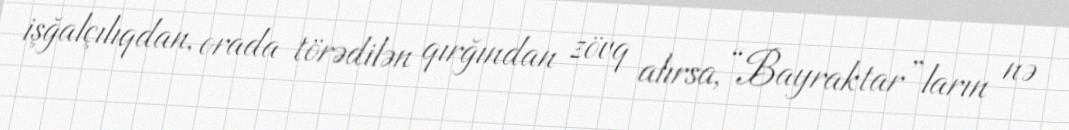
işğalçılıqdan, orada törədilən qırğından zövq alırsa, “Bayraktar”ların nə